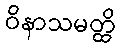
ဝိနာသမတ္ထိ